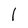
Character: 1